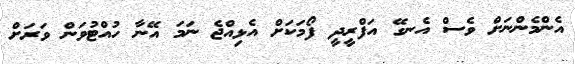
އެންމެންނަށް ވެސް އެނގޭ އަފްރީދީ ފޯމަކަށް އެޅިއްޖެ ނަމަ އޭނާ ހުއްޓުވަން ވަރަށް